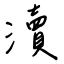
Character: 瀆